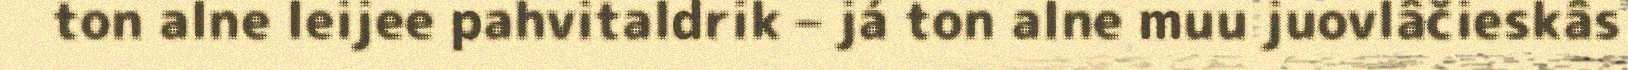
ton alne leijee pahvitaldrik – já ton alne muu juovlâčieskâs